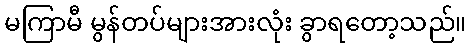
မကြာမီ မွန်တပ်များအားလုံး ခွာရတော့သည်။